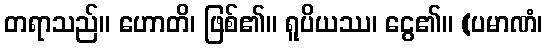
တရာသည်။ ဟောတိ၊ ဖြစ်၏။ ရူပိယဿ၊ ငွေ၏။ (ပမာဏံ၊